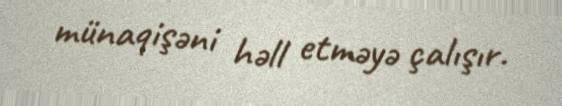
münaqişəni həll etməyə çalışır.